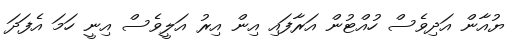
ޔުއާން އަދިވެސް ހުއްޓުން އަރާފައި އިން އިރު އަލީވެސް އިނީ ހަމަ އެފަދަ